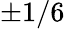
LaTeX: \pm 1/6